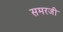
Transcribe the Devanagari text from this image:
समरजी